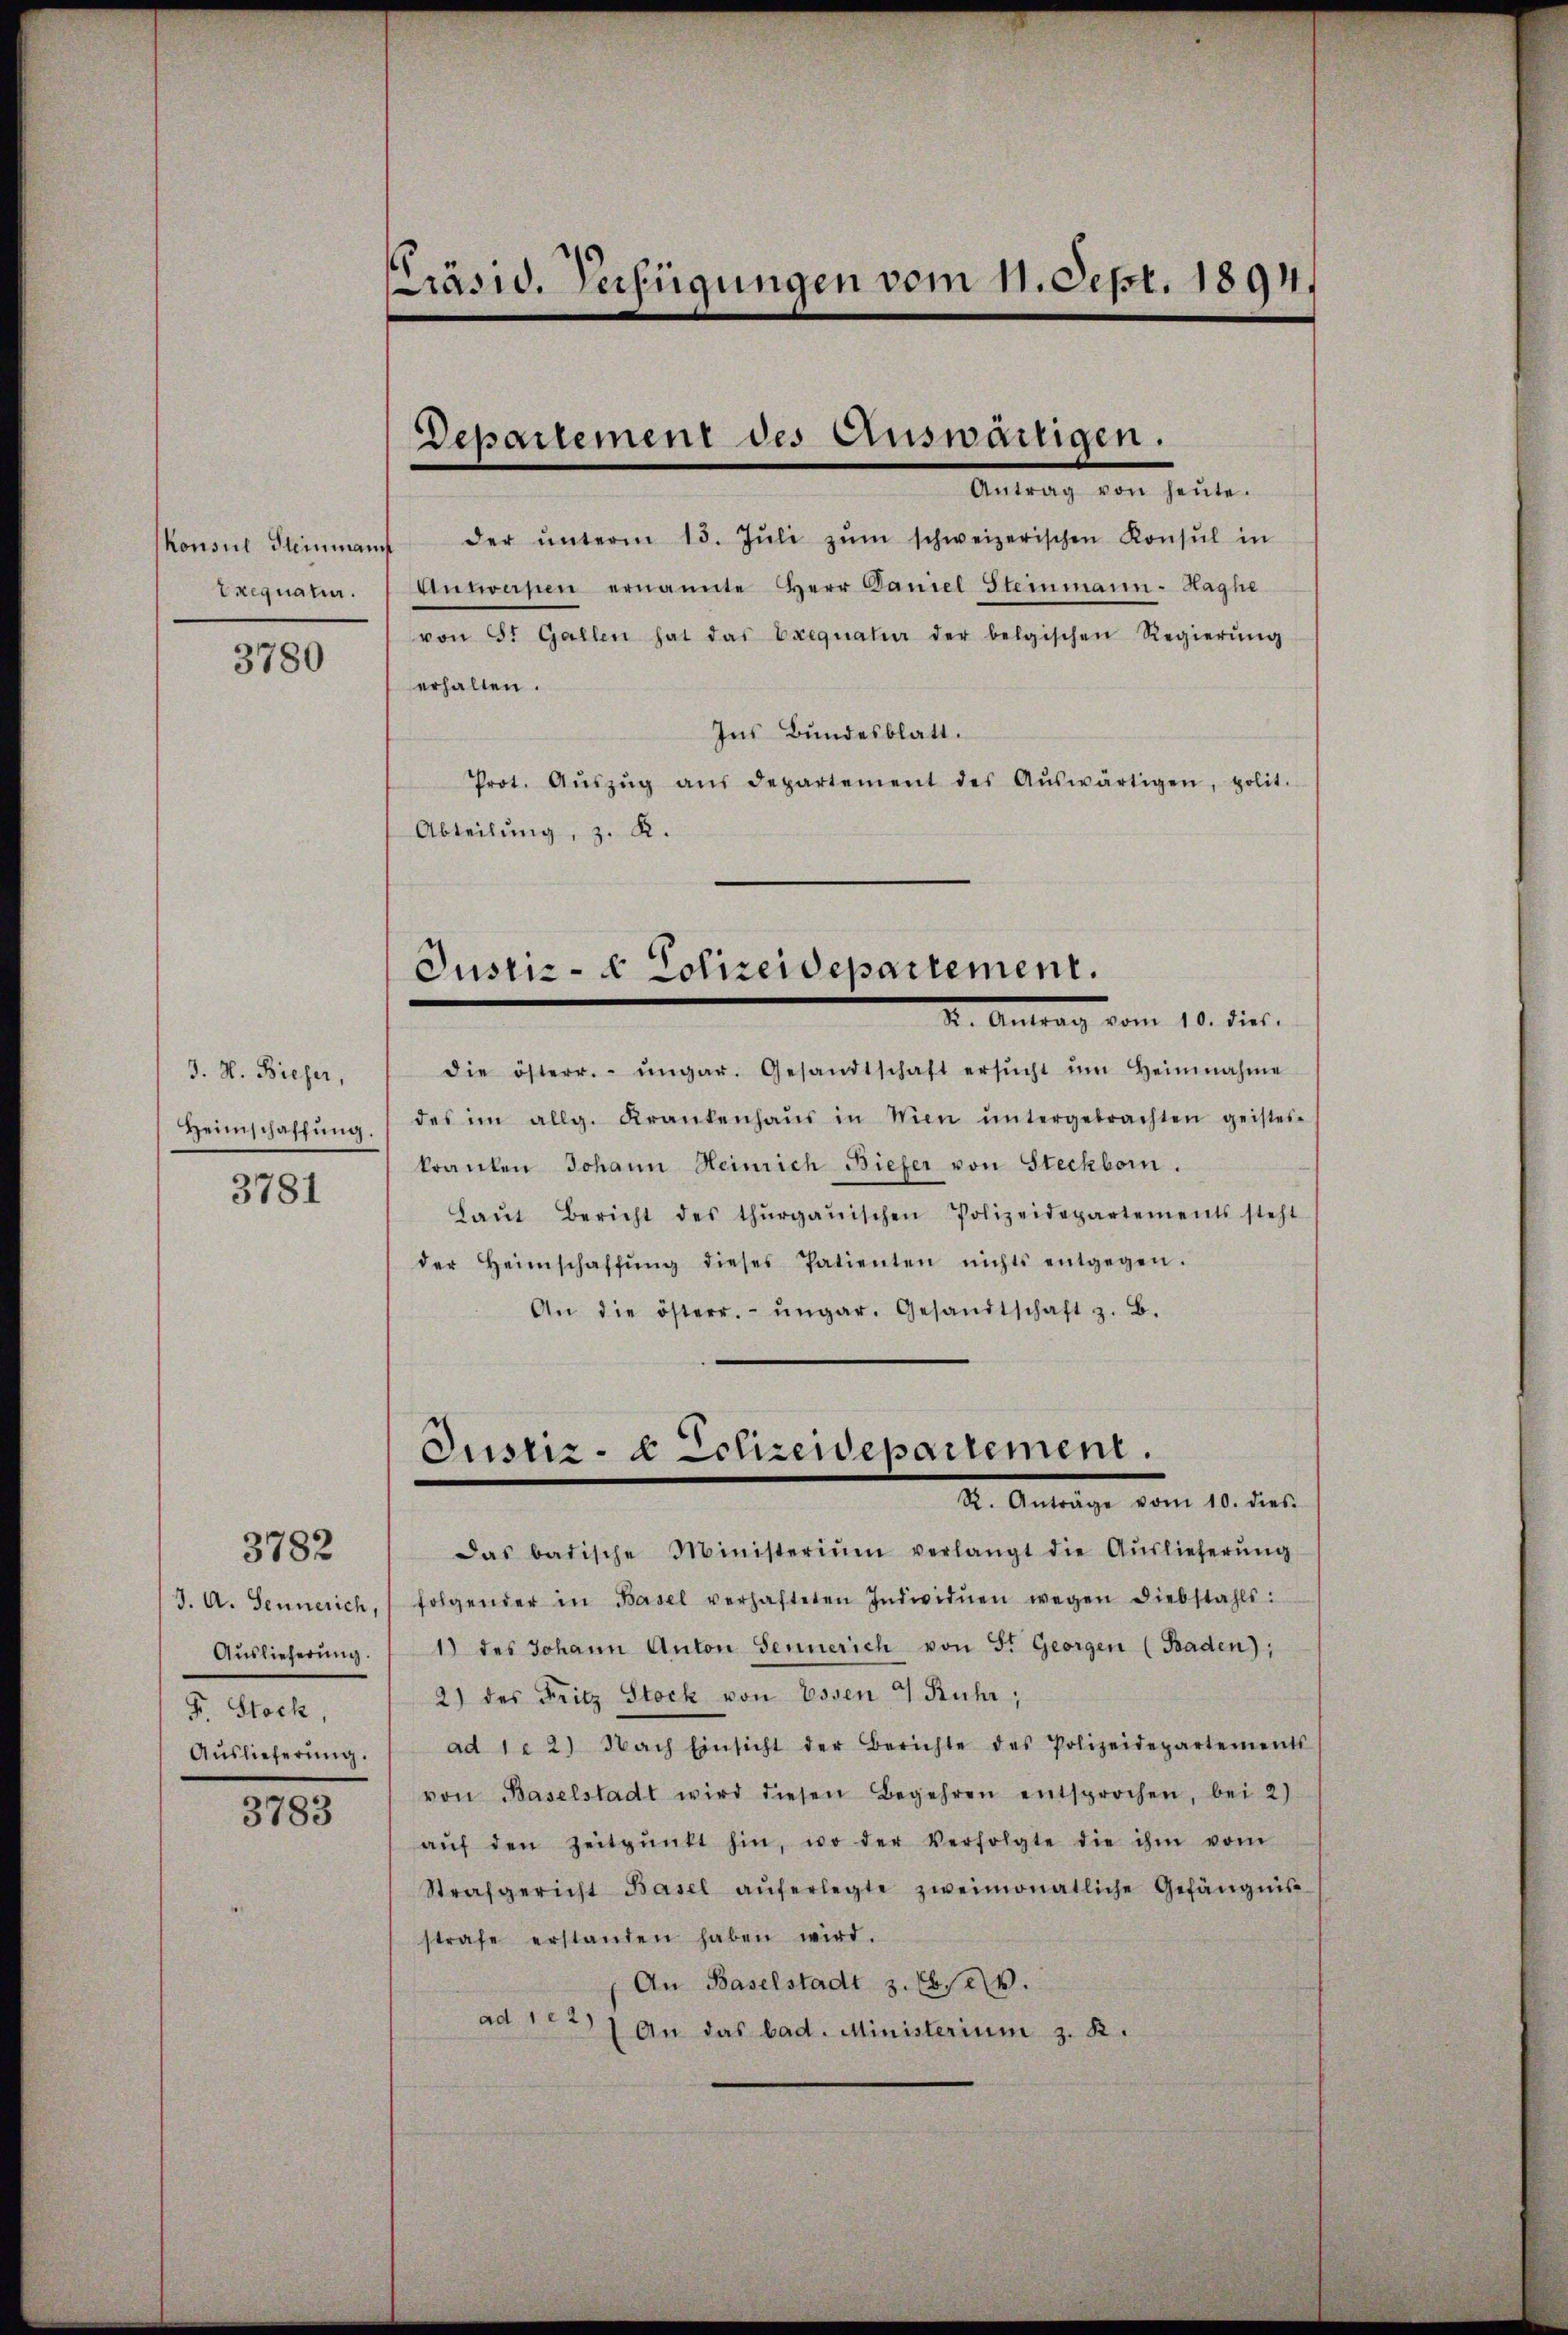
Konsul Steinmann
Exequatur.

3780

3. H. Bieser,
Heimschaffung.
3781

der ŭnterm 15. Jŭli zŭm schweizerischen Konsul in
Antworfen ernannte Herr Daniel Steinmann-Haghe
von St. Gallen hat das Exequatuor der belgischen Regierŭng
erhalten.
Ins Bundesblatt.
Prot. Aŭszŭg aŭs departement des Aŭswärtigen, polit.
Abteilŭng, z. R.

J. A. Sennerich
Auslieferung.
F. Stock,
Auslieferung.

3782

3783

Präsid. Verfügungen vom 11. Sept. 1894.

Departement des Auswärtigen.
Antrag von heŭte.

Justiz- & Polizeidepartement.
I. Antrag vom 10. dies

die österr.- ŭngar. Gesandtschaft ersŭcht ŭm Heinnahme
des im allg. Krankenhaŭs in Wien ŭntergebrachten geistes-
kranken Johann Heinrich Biefer von Steckborn.
Laŭt Bericht des thurgauischen Polizeidepartements steht
der Heimschaffŭng dieses Patienten nichts entgegen.
An die österr.- ŭngar. Gesandtschaft z. B.

Justiz- & Schireidepartement.
R. Anträge vom 10. dies

Das badische Ministerium verlangt die Aŭslieferŭng
folgender in Basel verhafteten Individuen wegen Diebstahls:
1) des Johann Anton Sennerich von St. Georgen (Baden);
2) des Fritz Stock von Essen 4 Kuhr,
ad 1. 2) Nach Einsicht der Berichte des Polizeidepartements
von Baselstadt wird diesen Begehren entsprochen, bei 2)
aŭf den Zeitpŭnkt hin, wo der Verfolgte die ihm vom
Strafgericht Basel aŭferlegte zweimonatliche Gefängnis
strafe erstanden haben wird.
An Baselstadt z. Obser.
ad 122) An das bad. Ministerium z. K.